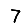
Digit: 7